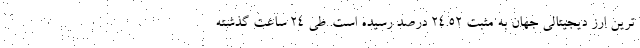
ترین ارز دیجیتالی جهان به مثبت ۲۴.۵۲ درصد رسیده است. طی ۲۴ ساعت گذشته